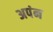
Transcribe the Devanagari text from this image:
अपंन